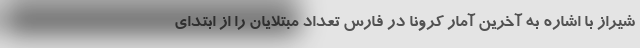
شیراز با اشاره به آخرین آمار کرونا در فارس تعداد مبتلایان را از ابتدای